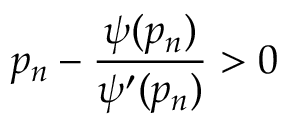
p _ { n } - \frac { \psi ( p _ { n } ) } { \psi ^ { \prime } ( p _ { n } ) } > 0